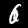
Digit: 6